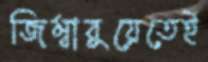
জিম্বাবুয়েতেই